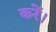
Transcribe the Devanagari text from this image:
करेँ।